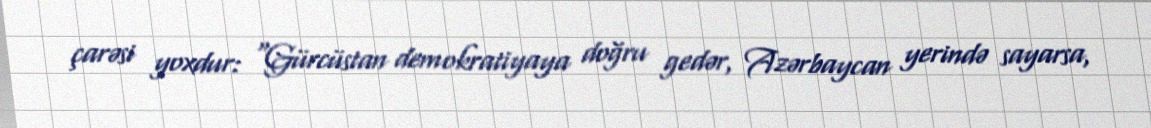
çarəsi yoxdur: “Gürcüstan demokratiyaya doğru gedər, Azərbaycan yerində sayarsa,